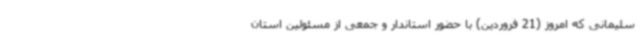
سلیمانی که امروز (21 فروردین) با حضور استاندار و جمعی از مسئولین استان